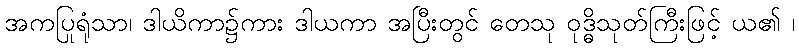
အကပြုရုံသာ၊ ဒါယိကာ၌ကား ဒါယကာ အပြီးတွင် တေသု ဝုဒ္ဓိသုတ်ကြီးဖြင့် ယ၏ ၊